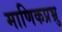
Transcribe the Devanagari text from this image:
माणिकप्रभ्रु